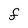
Character: f